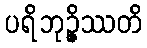
ပရိဘုဉ္ဇိဿတိ